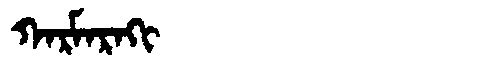
Manchu: ᡴᠠᡵᠮᠠᡵᠠᡴᡳ
Romanization: KARMARAKI